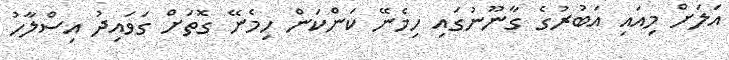
އަލަށް މިއައި އަބުރުގެ ގާނޫނުގައި ހިމެނޭ ކަންކަން ހިމެނޭ ގޮތަށް ގަވައިދު އިސްލާހު